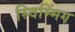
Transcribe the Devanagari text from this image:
स्विम्मिंग